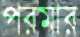
পরমার